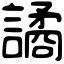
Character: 譎